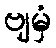
ဗျမှံ